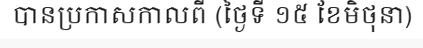
បានប្រកាសកាលពី (ថ្ងៃទី ១៥ ខែមិថុនា)